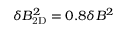
\delta B _ { \mathrm { 2 D } } ^ { 2 } = 0 . 8 \delta B ^ { 2 }